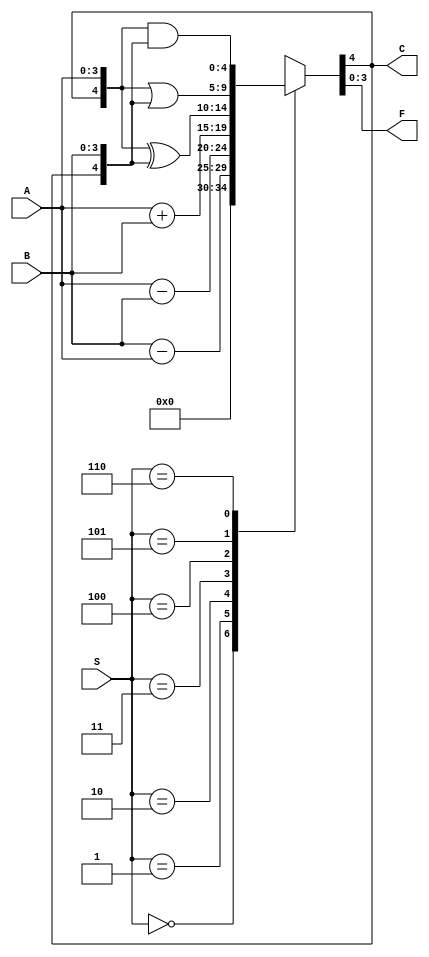
module ALU74ls381(A, B, S, F, C);

input[3:0] A;
input[3:0] B;
input[2:0] S;
output reg [3:0] F;
output reg C;

always @(S) begin
    casex(S)
        3'b000: {C,F} = 5'b00000;
        3'b001: {C,F} = B - A;
        3'b010: {C,F} = A - B;
        3'b011: {C,F} = A + B;
        3'b100: {C,F} = {C,A} ^ {C,B};
        3'b101: {C,F} = {C,A} | {C,B};
        3'b110: {C,F} = {C,A} & {C,B};
        3'b111: {C,F} = 5'bx;
        default: {C,F} = 5'bx;
    endcase
end

endmodule